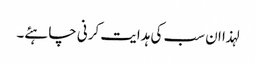
لہذا ان سب کی ہدایت کرنی چاہئے۔